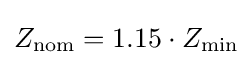
Z_{\mathrm {nom} }=1.15\cdot Z_{\mathrm {min} }